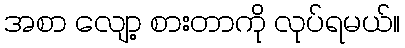
အစာ လျော့ စားတာကို လုပ်ရမယ်။